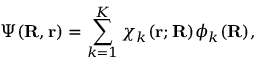
\Psi ( \mathbf { R } , \mathbf { r } ) = \sum _ { k = 1 } ^ { K } \chi _ { k } ( \mathbf { r } ; \mathbf { R } ) \phi _ { k } ( \mathbf { R } ) ,